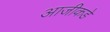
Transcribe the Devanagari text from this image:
आजीकडे